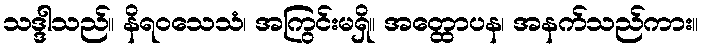
သဒ္ဒါသည်။ နိရဝသေသံ၊ အကြွင်းမရှိ။ အတ္ထောပန၊ အနက်သည်ကား။